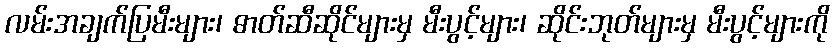
လမ်းအချက်ပြမီးများ၊ ဓာတ်ဆီဆိုင်များမှ မီးပွင့်များ၊ ဆိုင်းဘုတ်များမှ မီးပွင့်များကို